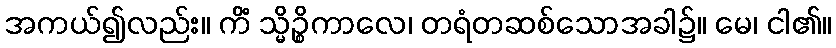
အကယ်၍လည်း။ ကိံ သ္မိဉ္စိကာလေ၊ တရံတဆစ်သောအခါ၌။ မေ၊ ငါ၏။